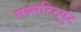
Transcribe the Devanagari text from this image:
सब्सटिट्युट